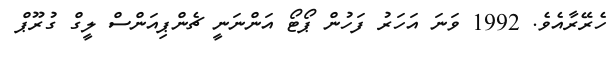
ހެރޭރާއެވެ. 1992 ވަނަ އަހަރު ފަހުން ޕޯޓޯ އަންނަނީ ޗެންޕިއަންސް ލީގް ގުރޫޕް